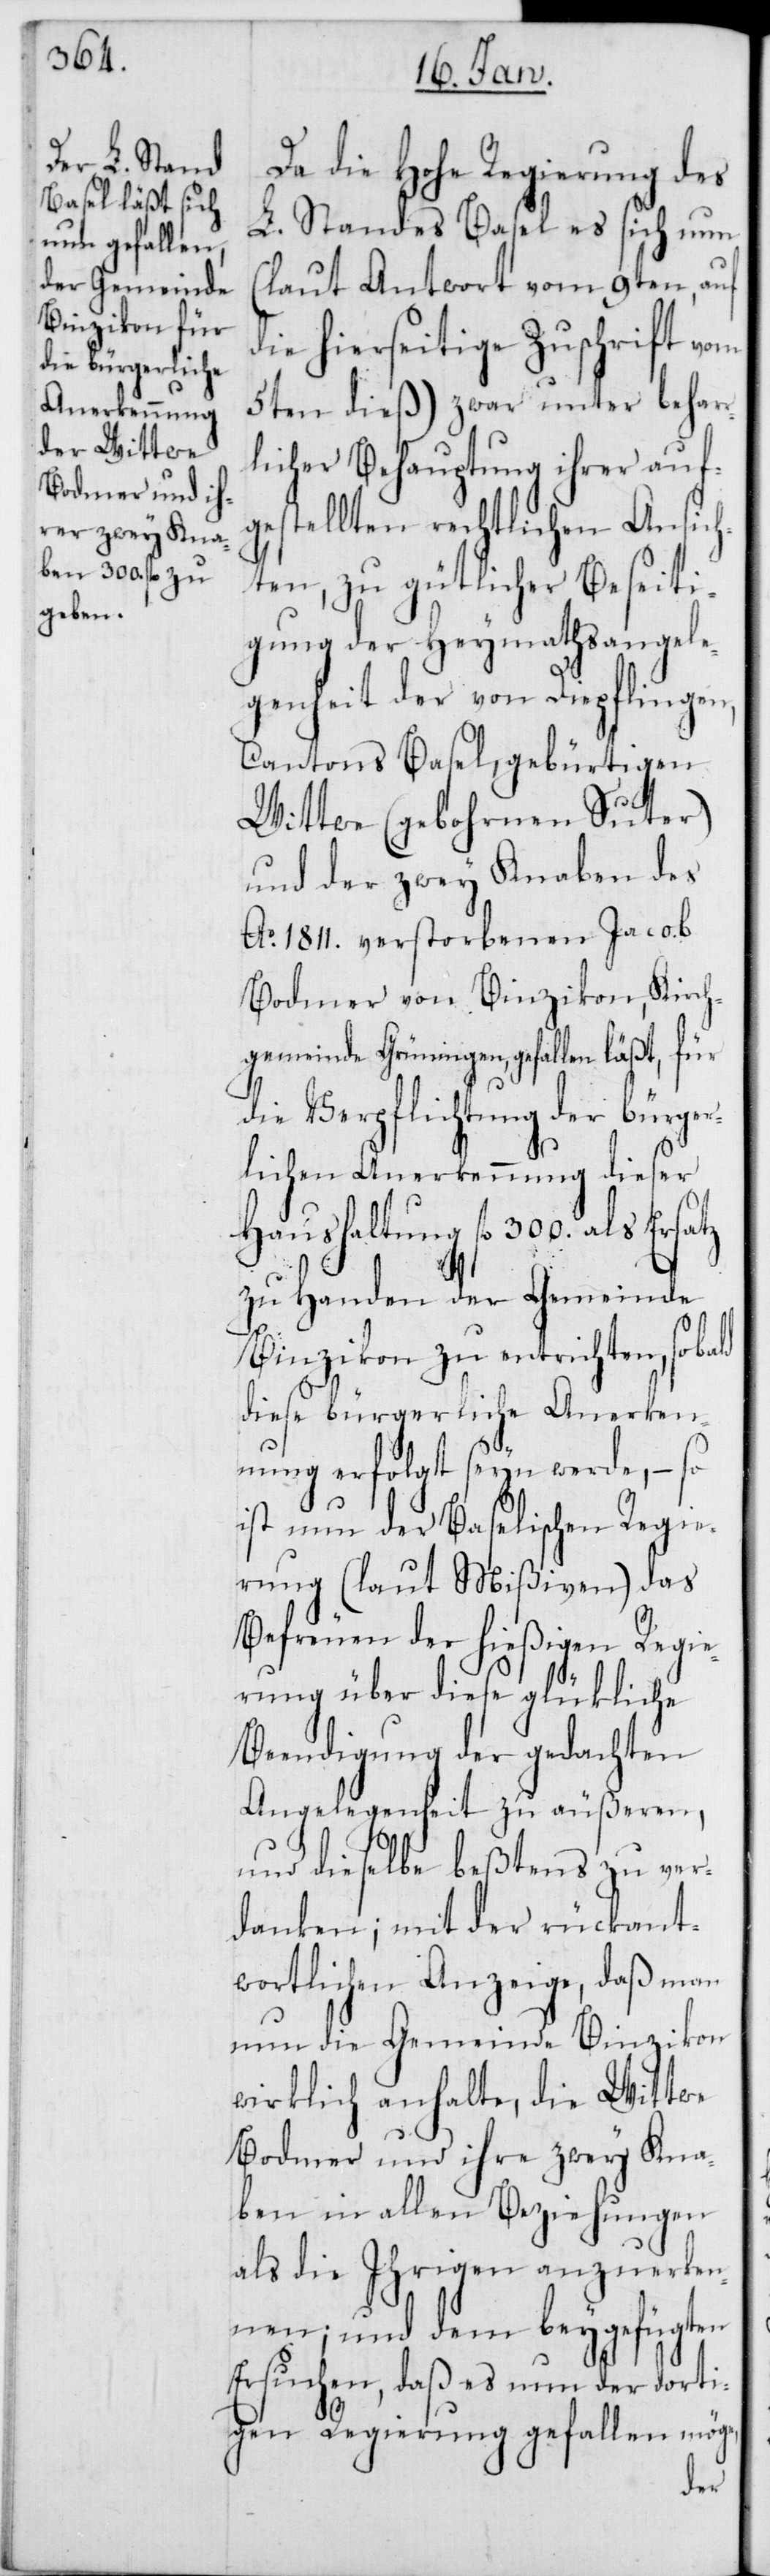
Da die Hohe Regierung des
L. Standes Basel es sich nun
(laut Antwort vom 9ten, auf
die hierseitige Zuschrift vom
5ten dieß) zwar unter beharr¬
licher Behauptung ihrer auf¬
gestellten rechtlichen Ansich¬
ten, zu gütlicher Beseiti¬
gung der Heymathsangele¬
genheit der von Diepflingen,
Cantons Basel, gebürtigen
Wittwe (gebohrnen Suter)
und der zwey Knaben des
Ao 1811. verstorbenen Jacob
Bodmer von Binzikon, Kirch¬
gemeinde Grüningen, gefallen läßt, für
die Verpflichtung der bürger¬
lichen Anerkennung dieser
Haushaltung fl. 300. als Ersatz
zu Handen der Gemeinde
Binzikon zu entrichten, sobald
diese bürgerliche Anerkenn¬
ung erfolgt seyn werde, – so
ist nun der Baselischen Regie¬
rung (laut Mißiven) das
Befreuen der hießigen Regie¬
rung über diese glückliche
Beendigung der gedachten
Angelegenheit zu äußeren,
und dieselbe beßtens zu ver¬
danken; mit der rückant¬
wortlichen Anzeige, daß man
nun die Gemeinde Binzikon
wirklich anhalte, die Wittwe
Bodmer und ihre zwey Kna¬
ben in allen Beziehungen
als die Ihrigen anzuerken¬
nen; und dem beygefügten
Ersuchen, daß es nun der dorti¬
gen Regierung gefallen möge,